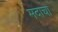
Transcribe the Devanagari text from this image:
मदाचा